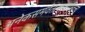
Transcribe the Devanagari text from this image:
अनेकसमवेतत्वम्जातिवर्त्त्य